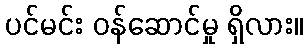
ပင်မင်း ဝန်ဆောင်မှု ရှိလား။